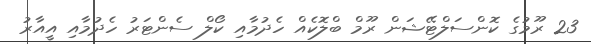
23 ރޫމުގެ ކޮންސަލްޓޭޝަން ރޫމް ބްލޮކެއް ހެދުމާއި ކޯލް ސެންޓަރު ހެދުމާއި އީއާރު